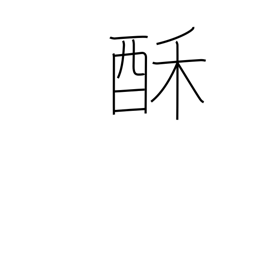
Meaning: milk